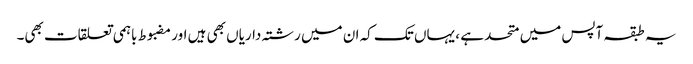
یہ طبقہ آپس میں متحد ہے ، یہاں تک کہ ان میں رشتہ داریاں بھی ہیں اور مضبوط باہمی تعلقات بھی۔